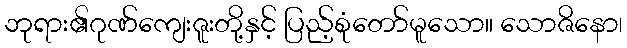
ဘုရား၏ဂုဏ်ကျေးဇူးတို့နှင့် ပြည့်စုံတော်မူသော။ သောဇိနော၊